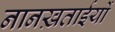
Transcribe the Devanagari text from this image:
नानख़ताईयों